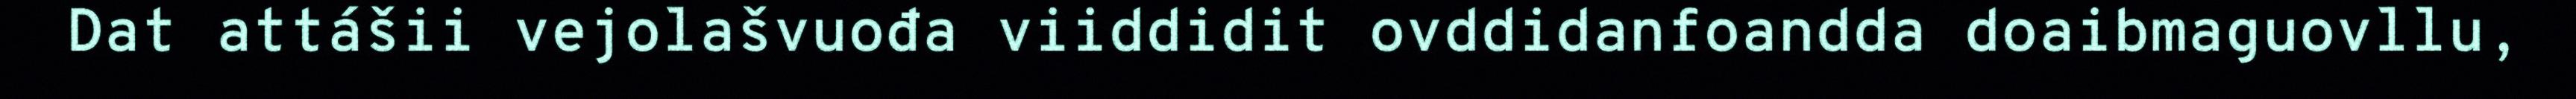
Dat attášii vejolašvuođa viiddidit ovddidanfoandda doaibmaguovllu,